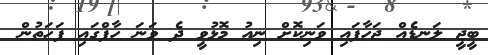
ބީޖީ ލަނޑެއް ޖަހާފައި ވަނިކޮށް ނިއު މޮޅުވީ ދެ ވަނަ ހާފްގައި ފަހަތުން